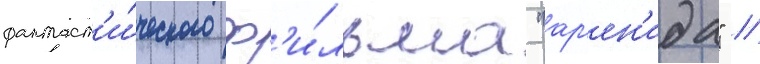
фантаст'и́ческого ф'и́льма "ар'ен'ида" /